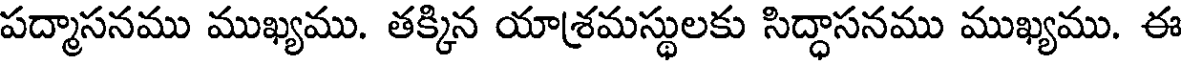
పద్మాసనము ముఖ్యము. తక్కిన యాశ్రమస్థులకు సిద్ధాసనము ముఖ్యము. ఈ